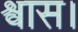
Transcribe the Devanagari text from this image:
श्वास।